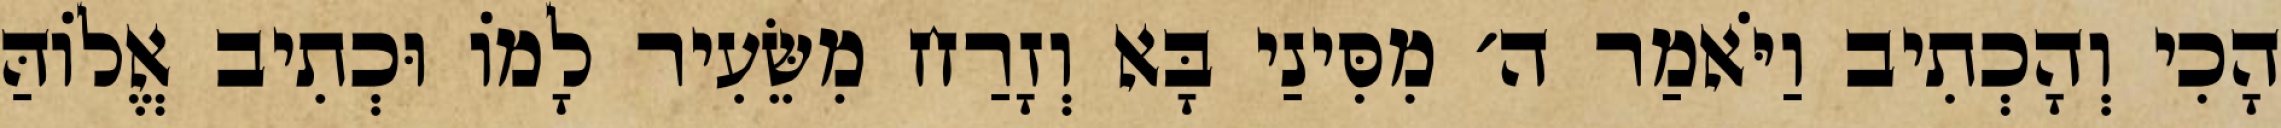
הָכִי וְהָכְתִיב וַיֹּאמַר ה׳ מִסִּינַי בָּא וְזָרַח מִשֵּׂעִיר לָמוֹ וּכְתִיב אֱלוֹהַּ